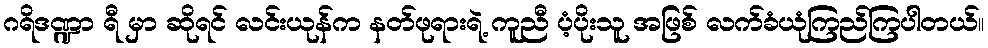
ဂရိဒဏ္ဍာ ရီ မှာ ဆိုရင် လင်းယုန်က နတ်ဖုရားရဲ့ ကူညီ ပံ့ပိုးသူ အဖြစ် လက်ခံယုံကြည်ကြပါတယ်။